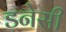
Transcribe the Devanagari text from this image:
डनेसी